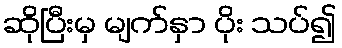
ဆိုပြီးမှ မျက်နှာ ပိုး သပ်၍